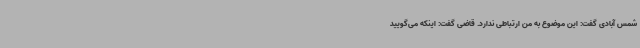
شمس آبادی گفت: این موضوع به من ارتباطی ندارد. قاضی گفت: اینکه می‌گویید